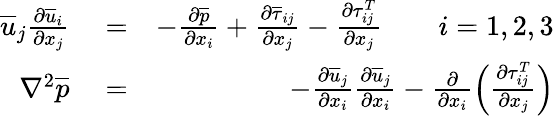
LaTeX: \begin{array}{rlr}{\overline{{u}}_{j}\frac{\partial\overline{{u}}_{i}}{\partial x_{j}}}&{{}=}&{-\frac{\partial\overline{{p}}}{\partial x_{i}}+\frac{\partial\overline{{\tau}}_{ij}}{\partial x_{j}}-\frac{\partial\tau_{ij}^{T}}{\partial x_{j}}\qquad i=1,2,3}\\ {\nabla^{2}\overline{{p}}}&{{}=}&{-\frac{\partial\overline{{u}}_{j}}{\partial x_{i}}\frac{\partial\overline{{u}}_{j}}{\partial x_{i}}-\frac{\partial}{\partial x_{i}}\left(\frac{\partial\tau_{ij}^{T}}{\partial x_{j}}\right)}\end{array}